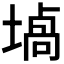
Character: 𰊞